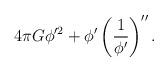
LaTeX: \begin{align*}{4 \pi G} \phi'^2 + \phi'\left({1\over \phi'}\right)''.\end{align*}